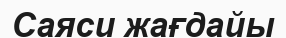
Саяси жағдайы